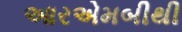
આરએમબીથી